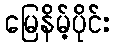
မြေနိမ့်ပိုင်း